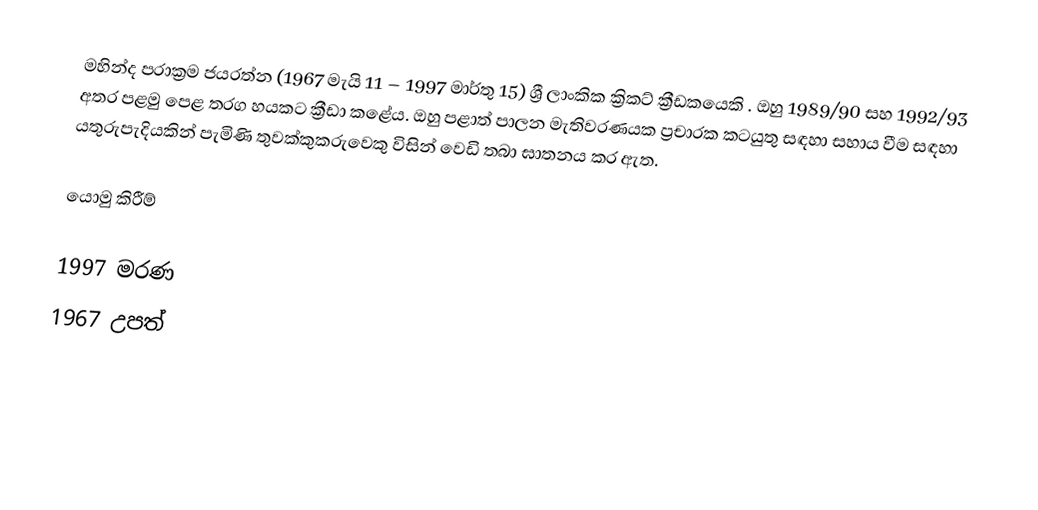
මහින්ද පරාක්‍රම ජයරත්න (1967 මැයි 11 – 1997 මාර්තු 15) ශ්‍රී ලාංකික ක්‍රිකට් ක්‍රීඩකයෙකි . ඔහු 1989/90 සහ 1992/93 අතර පළමු පෙළ තරග හයකට ක්‍රීඩා කළේය. ඔහු පළාත් පාලන මැතිවරණයක ප්‍රචාරක කටයුතු සඳහා සහාය වීම සඳහා යතුරුපැදියකින් පැමිණි තුවක්කුකරුවෙකු විසින් වෙඩි තබා ඝාතනය කර ඇත.

යොමු කිරීම්

1997 මරණ
1967 උපත්